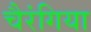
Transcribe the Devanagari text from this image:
चैरंगिया